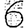
Digit: 6